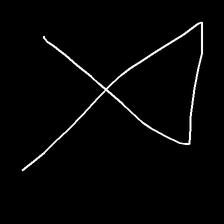
Glyph: collection